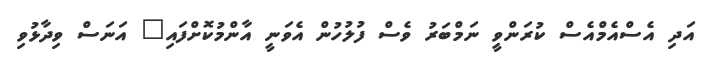
އަދި އެސްއެމްއެސް ކުރަންވީ ނަމްބަރު ވެސް ފުލުހުން އެވަނީ އާންމުކޮށްފައި" އަނަސް ވިދާޅުވި